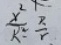
\frac { x ^ { 2 } } { R ^ { 2 } } = \frac { R } { r }